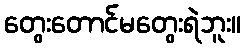
တွေးတောင်မတွေးရဲဘူး။